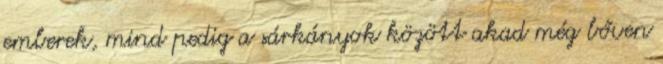
emberek, mind pedig a sárkányok között akad még bőven